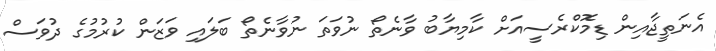
އެނަތީޖާއިން ޑިމޮކްރެސީއަށް ކާމިޔާބު ވާނެތޯ ނުވަތަ ނުވާނެތޯ ބަލައި ވަޒަން ކުރުމުގެ ދުވަސް